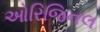
ઓરિજિનલ